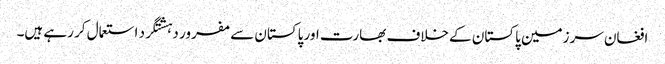
افغان سرزمین پاکستان کے خلاف بھارت اور پاکستان سے مفرور دہشتگرد استعمال کر رہے ہیں۔